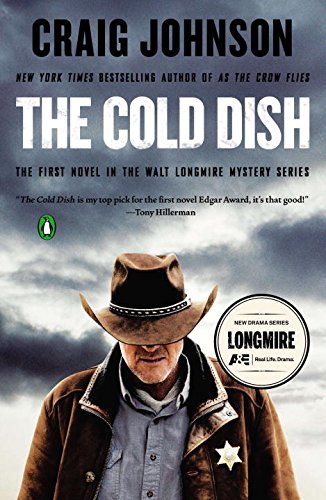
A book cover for The Cold Dish: A Longmire Mystery; Craig Johnson; Mystery, Thriller & Suspense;